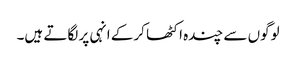
لوگوں سے چندہ اکٹھا کرکے انہی پر لگاتے ہیں۔